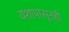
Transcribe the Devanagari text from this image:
यशापासूनही